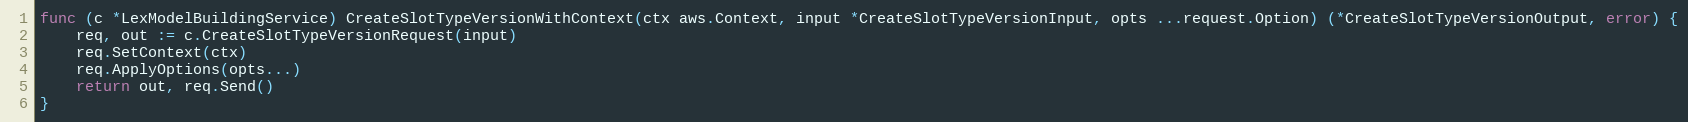
Language: Go
func (c *LexModelBuildingService) CreateSlotTypeVersionWithContext(ctx aws.Context, input *CreateSlotTypeVersionInput, opts ...request.Option) (*CreateSlotTypeVersionOutput, error) {
	req, out := c.CreateSlotTypeVersionRequest(input)
	req.SetContext(ctx)
	req.ApplyOptions(opts...)
	return out, req.Send()
}